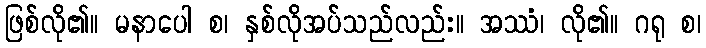
ဖြစ်လို၏။ မနာပေါ စ၊ နှစ်လိုအပ်သည်လည်း။ အဿံ၊ လို၏။ ဂရု စ၊